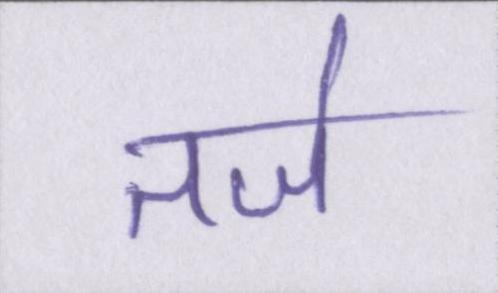
तर्ज